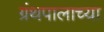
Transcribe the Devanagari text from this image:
ग्रंथपालाच्या